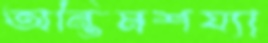
অন্তিমশয্যা